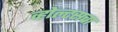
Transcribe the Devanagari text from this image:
व्होल्टसचा